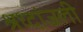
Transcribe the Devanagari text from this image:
श्रध्दांजली